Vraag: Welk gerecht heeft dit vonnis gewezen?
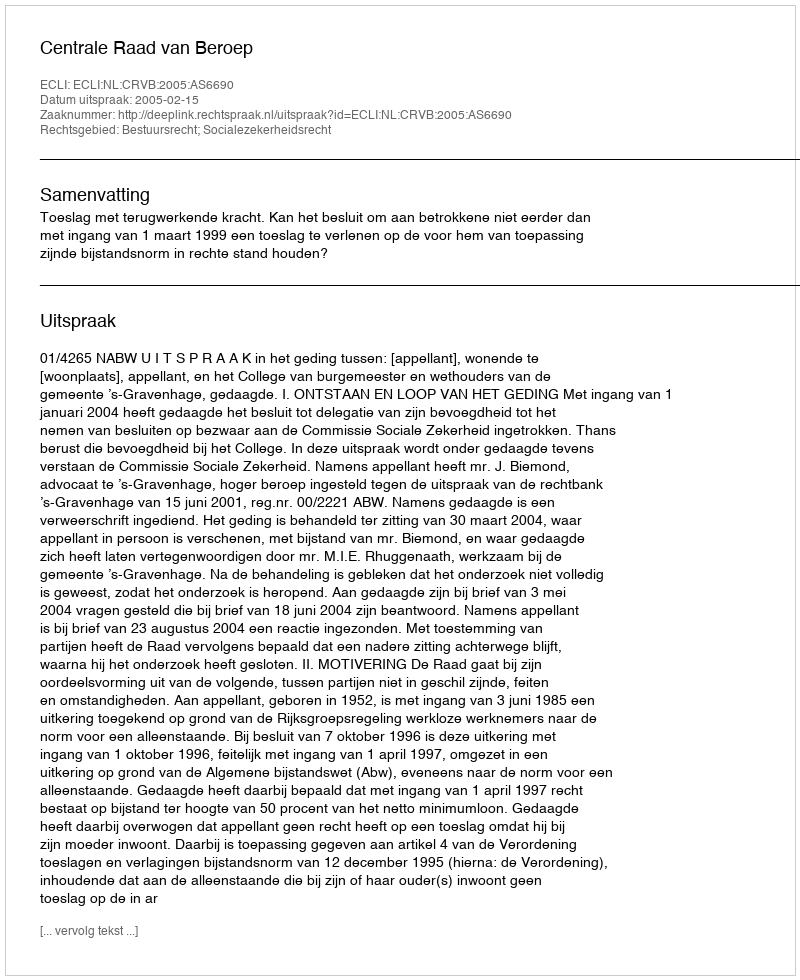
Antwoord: Centrale Raad van Beroep